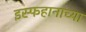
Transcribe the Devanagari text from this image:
इस्फहानाच्या